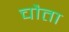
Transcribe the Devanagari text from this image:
चौता